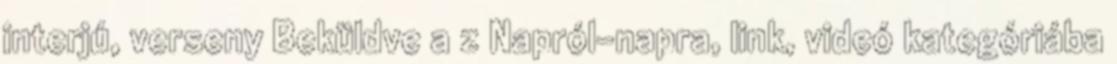
interjú, verseny Beküldve a z Napról-napra, link, videó kategóriába